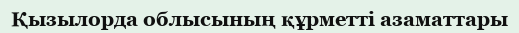
Қызылорда облысының құрметті азаматтары